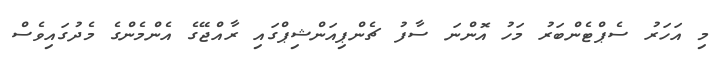
މި އަހަރު ސެޕްޓެންބަރު މަހު އޮންނަ ސާފު ޗެންޕިއަންޝިޕްގައި ރާއްޖޭގެ އެންމެންގެ މެދުގައިވެސް